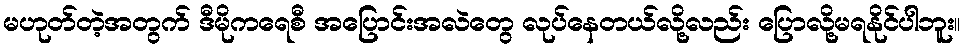
မဟုတ်တဲ့အတွက် ဒီမိုကရေစီ အပြောင်းအလဲတွေ လုပ်နေတယ်လို့လည်း ပြောလို့မရနိုင်ပါဘူး။